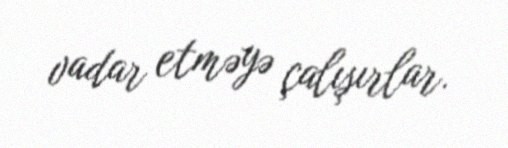
vadar etməyə çalışırlar.